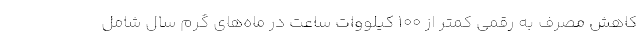
کاهش مصرف به رقمی کمتر از ۱۰۰ کیلووات ساعت در ماه‌های گرم سال شامل